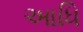
આધિ